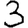
Digit: 3